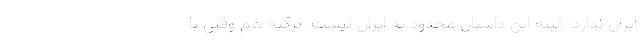
ایران ندارد. البته این داستان محدود به ایران نیست. ترکیه هم وقتی با